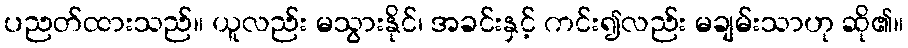
ပညတ်ထားသည်။ ယူလည်း မသွားနိုင်၊ အခင်းနှင့် ကင်း၍လည်း မချမ်းသာဟု ဆို၏။